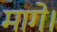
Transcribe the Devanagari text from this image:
मागे।